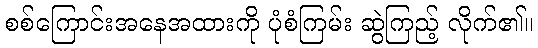
စစ်ကြောင်းအနေအထားကို ပုံစံကြမ်း ဆွဲကြည့် လိုက်၏။